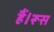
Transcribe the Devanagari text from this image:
हैं।रूस